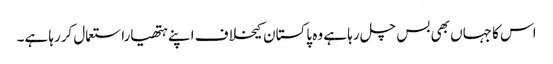
اس کا جہاں بھی بس چل رہا ہے وہ پاکستان کیخلاف اپنے ہتھیاراستعمال کررہا ہے۔